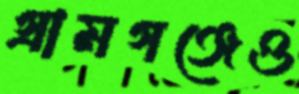
গ্রামগঞ্জেও